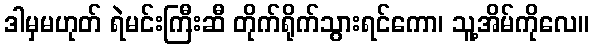
ဒါမှမဟုတ် ရဲမင်းကြီးဆီ တိုက်ရိုက်သွားရင်ကော၊ သူ့အိမ်ကိုလေ။